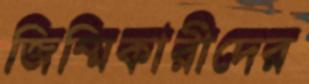
জিম্মিকারীদের